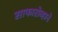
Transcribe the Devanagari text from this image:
साफारोव्हाने